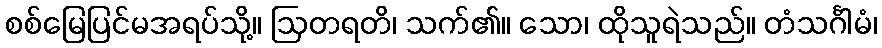
စစ်မြေပြင်မအရပ်သို့။ ဩတရတိ၊ သက်၏။ သော၊ ထိုသူရဲသည်။ တံသင်္ဂါမံ၊